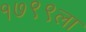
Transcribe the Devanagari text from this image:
१७९९ला